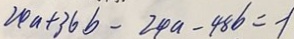
2 4 a + 3 6 b - 2 4 a - 4 8 b = - 1